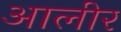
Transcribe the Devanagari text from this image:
आलीर